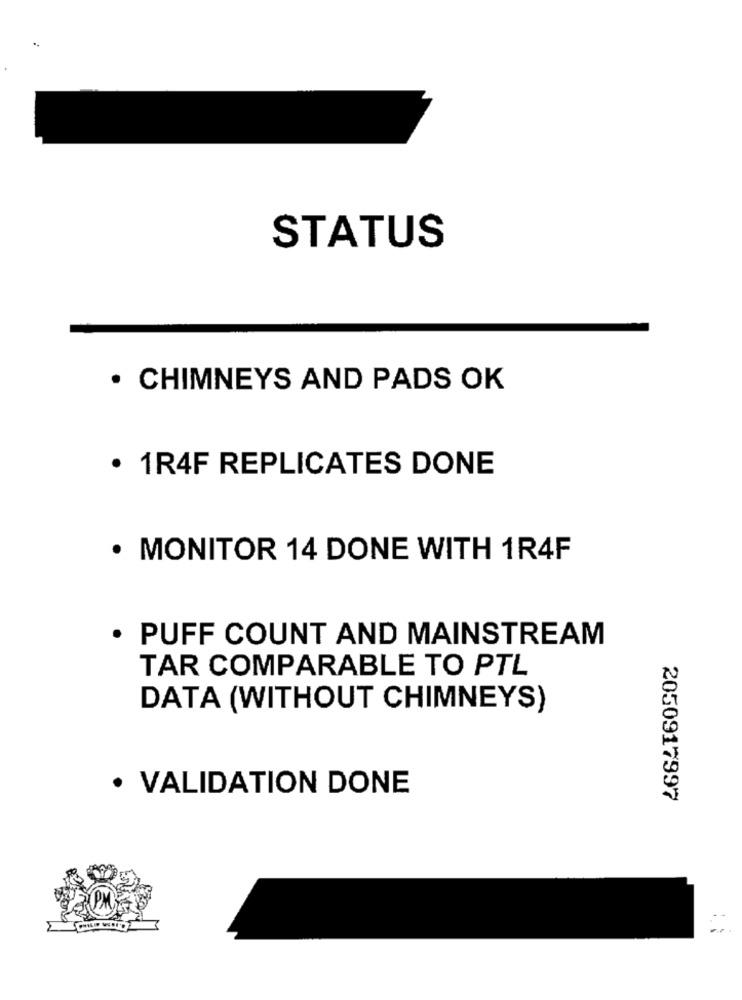
STATUS
· CHIMNEYS AND PADS OK
· 1R4F REPLICATES DONE
· MONITOR 14 DONE WITH 1R4F
· PUFF COUNT AND MAINSTREAM
TAR COMPARABLE TO PTL
DATA (WITHOUT CHIMNEYS)
· VALIDATION DONE
2050917997